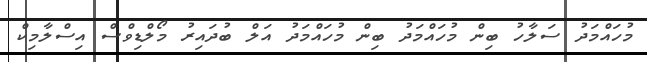
މުހައްމަދު ސަލާހު ބިން މުހައްމަދު ބިން މުހައްމަދު އަލް ބުދައިރު މޯލްޑިވްސް އިސްލާމިކް